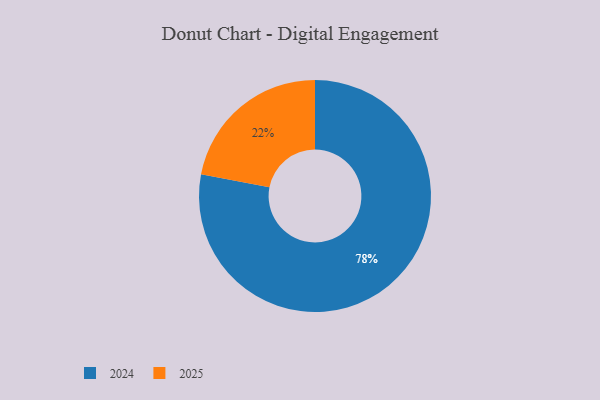
{"axis": {"x": "Category", "y": "Percentage"}, "legend": ["2024", "2025"], "data": [{"x": "2024", "y": 78, "type": "2024"}, {"x": "2025", "y": 22, "type": "2025"}]}